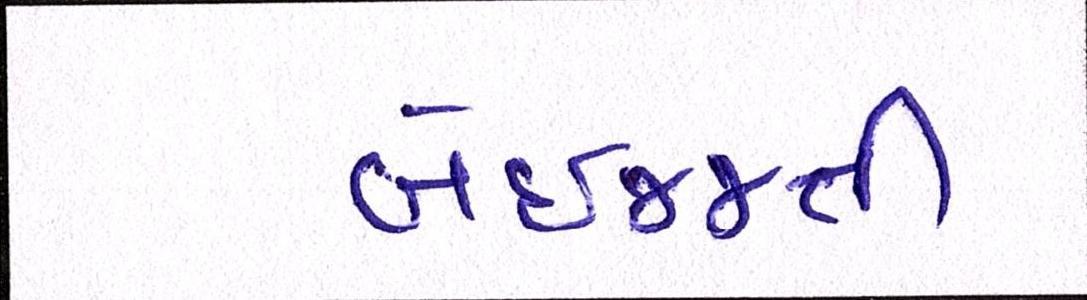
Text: બેઇજ્જતી